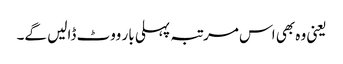
یعنی وہ بھی اس مرتبہ پہلی بار ووٹ ڈالیں گے۔